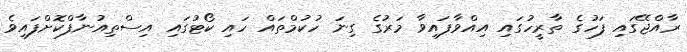
ރާއްޖޭގައި ފަހުގެ ތާރީހުގައި އިއްވާފައިވާ މަރުގެ ގިނަ ހުކުމްތައް ހައި ކޯޓުގައި އިސްތިއުނާފްކޮށްފައިވެ